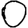
Digit: 0